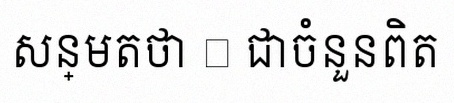
សន្មតថា x ជាចំនួនពិត